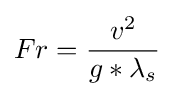
Fr={\frac {v^{2}}{g*\lambda _{s}}}